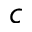
c